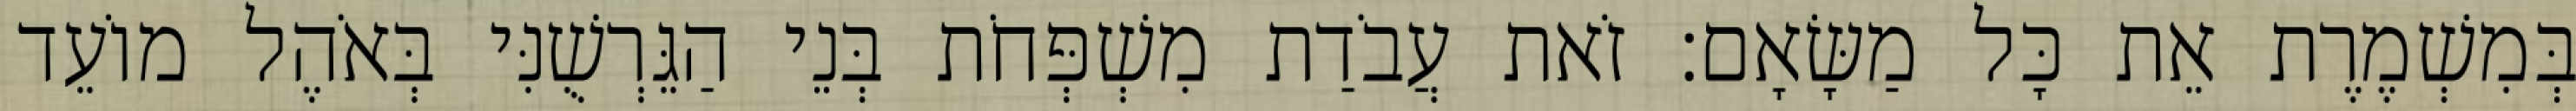
בְּמִשְׁמֶרֶת אֵת כָּל מַשָּׂאָם׃ זֹאת עֲבֹדַת מִשְׁפְּחֹת בְּנֵי הַגֵּרְשֻׁנִּי בְּאֹהֶל מוֹעֵד